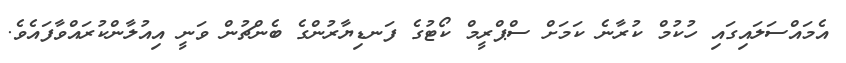
އެމައްސަލައިގައި ހުކުމް ކުރާނެ ކަމަށް ސްޕްރީމް ކޯޓުގެ ފަނޑިޔާރުންގެ ބެންޗުން ވަނީ އިއުލާންކުރައްވާފައެެވެ.